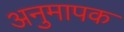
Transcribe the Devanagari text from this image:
अनुमापक